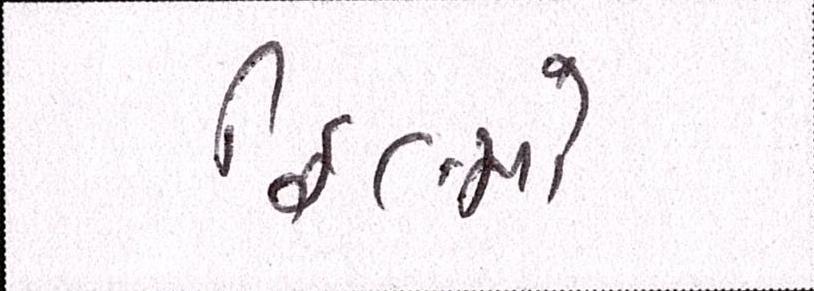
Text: ફિલ્મો